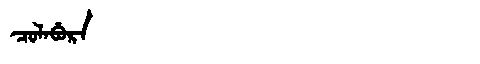
Manchu: ᠴᠣᠯᠠᠪᡠᡵᠠ
Romanization: COLABURA